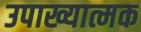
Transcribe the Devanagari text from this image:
उपाख्यात्मक